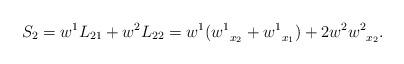
LaTeX: \begin{align*}S_2 = w^1L_{21} + w^2 L_{22} = w^1({w^1}_{\substack{\\x_2}} + {w^1}_{\substack{\\x_1}} ) + 2w^2{w^2}_{\substack{\\x_2}} .\end{align*}